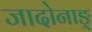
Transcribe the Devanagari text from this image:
जादोनाङ्